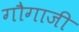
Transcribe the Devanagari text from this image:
गौगाजी